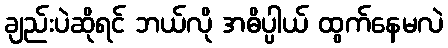
ချည်းပဲဆိုရင် ဘယ်လို အဓိပ္ပါယ် ထွက်နေမလဲ